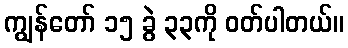
ကျွန်တော် ၁၅ ခွဲ ၃၃ကို ဝတ်ပါတယ်။